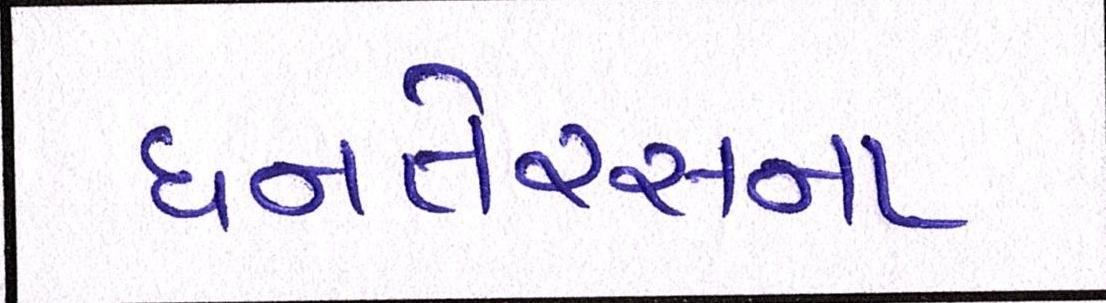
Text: ધનતેરસના